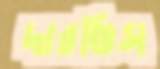
দারভিস